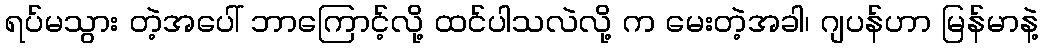
ရပ်မသွား တဲ့အပေါ် ဘာကြောင့်လို့ ထင်ပါသလဲလို့ က မေးတဲ့အခါ၊ ဂျပန်ဟာ မြန်မာနဲ့